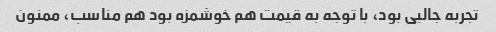
تجربه جالبی بود، با توجه به قیمت هم خوشمزه بود هم مناسب، ممنون